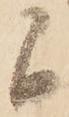
間